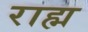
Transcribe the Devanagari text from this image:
राह्म